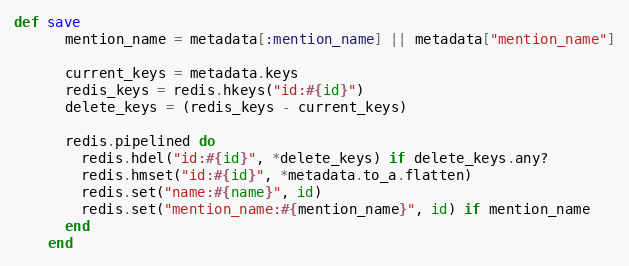
Language: Ruby
def save
      mention_name = metadata[:mention_name] || metadata["mention_name"]

      current_keys = metadata.keys
      redis_keys = redis.hkeys("id:#{id}")
      delete_keys = (redis_keys - current_keys)

      redis.pipelined do
        redis.hdel("id:#{id}", *delete_keys) if delete_keys.any?
        redis.hmset("id:#{id}", *metadata.to_a.flatten)
        redis.set("name:#{name}", id)
        redis.set("mention_name:#{mention_name}", id) if mention_name
      end
    end